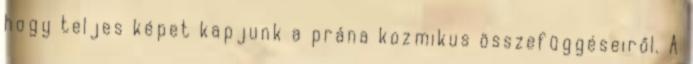
hogy teljes képet kapjunk a prána kozmikus összefüggéseiről. A